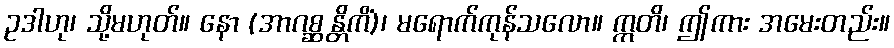
ဥဒါဟု၊ သို့မဟုတ်။ နော (အာဂစ္ဆန္တိကိံ)၊ မရောက်ကုန်သလော။ ဣတိ၊ ဤကား အမေးတည်း။